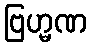
ဗြဟ္မဏ